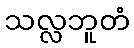
သလ္လဘူတံ